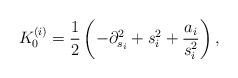
LaTeX: \begin{gather*}K_0^{(i)}=\frac12 \left(-\partial_{s_i} ^2 +s_i^2+\frac{a_i}{s_i^2}\right),\end{gather*}